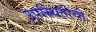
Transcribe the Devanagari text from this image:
उपस्थितीची